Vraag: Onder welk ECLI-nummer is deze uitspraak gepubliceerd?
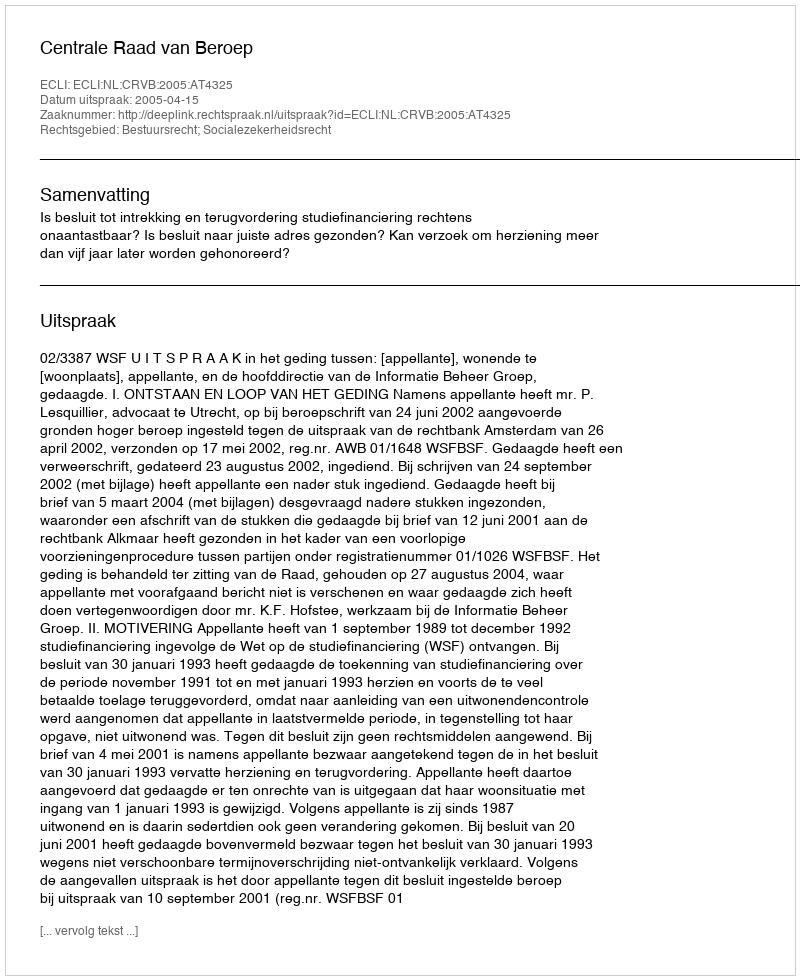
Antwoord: ECLI:NL:CRVB:2005:AT4325